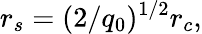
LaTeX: r_{s}=(2/q_{0})^{1/2}r_{c},